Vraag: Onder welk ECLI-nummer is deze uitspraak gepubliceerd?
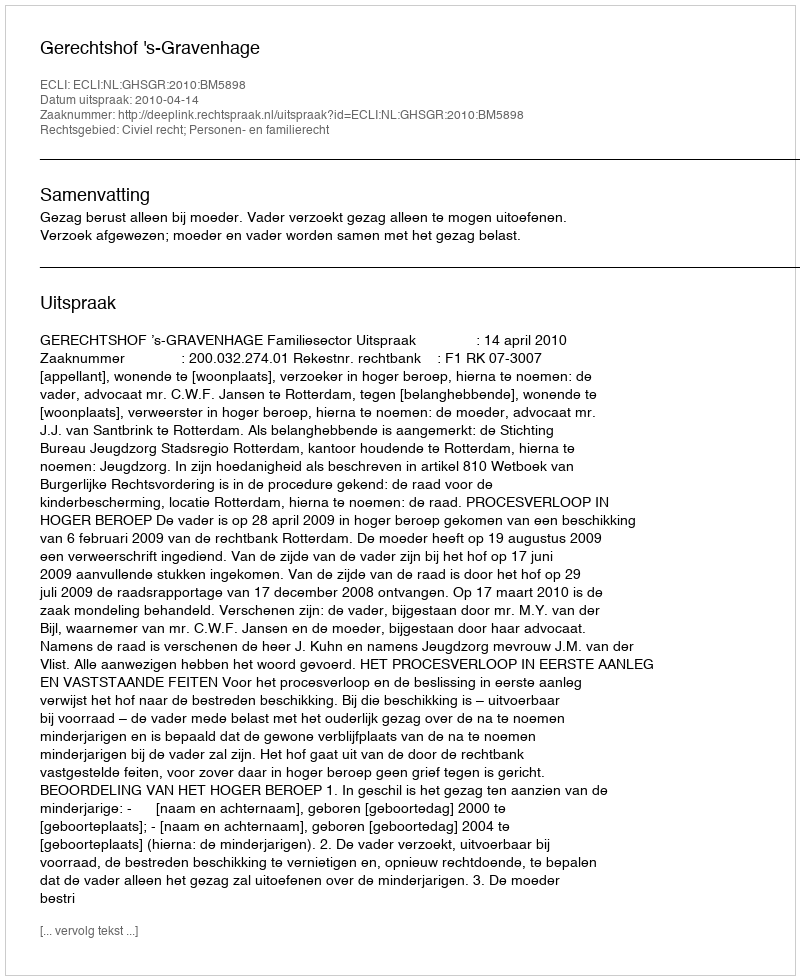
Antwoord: ECLI:NL:GHSGR:2010:BM5898